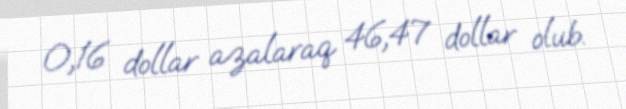
0,16 dollar azalaraq 46,47 dollar olub.